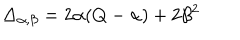
\Delta _ { \alpha , \beta } = 2 \alpha ( Q - \alpha ) + 2 \beta ^ { 2 }